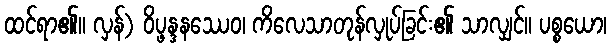
ထင်ရာ၏။ လှန်) ဝိပ္ဖန္ဒနဿေဝ၊ ကိလေသာတုန်လှုပ်ခြင်း၏ သာလျှင်။ ပစ္စယော၊